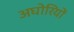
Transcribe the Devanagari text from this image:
अघोरियों